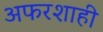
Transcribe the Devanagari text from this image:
अफरशाही